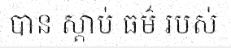
បាន ស្តាប់ ធម៌ របស់